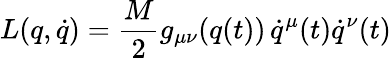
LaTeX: L(q,\dot{q})=\frac{M}{2}g_{\mu\nu}(q(t))\, \dot{q}^{\mu}(t)\dot{q}^{\nu}(t)